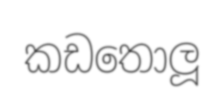
කඩතොලූ